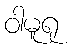
ဝါမူရု